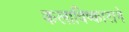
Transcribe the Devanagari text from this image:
कलाविष्काराने